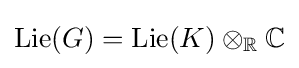
\operatorname {Lie} (G)=\operatorname {Lie} (K)\otimes _{\mathbb {R} }\mathbb {C}